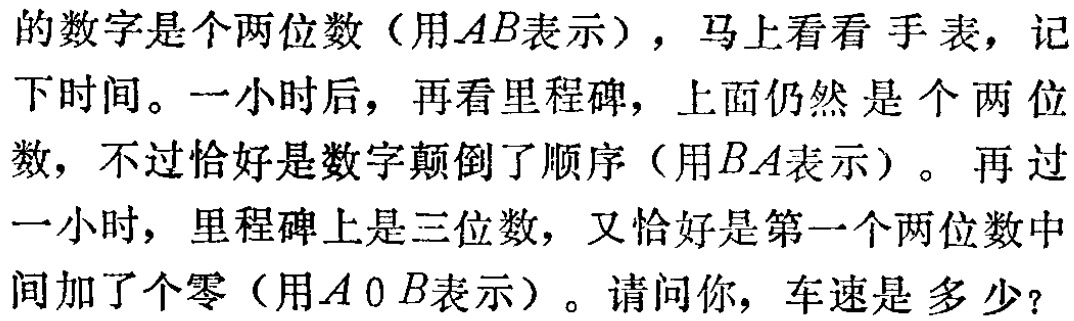
的数字是个两位数（用\(AB\)表示），马上看看手表，记

下时间。一小时后，再看里程碑，上面仍然是个两位数，不过恰好是数字颠倒了顺序（用\(BA\)表示）。 再过

一小时，里程碑上是三位数，又恰好是第一个两位数中间加了个零（用\(A0B\)表示）。请问你，车速是多少？